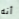
أنه